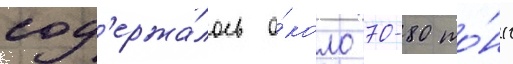
сод'ержа́лось о́коло 70-80 то́нн